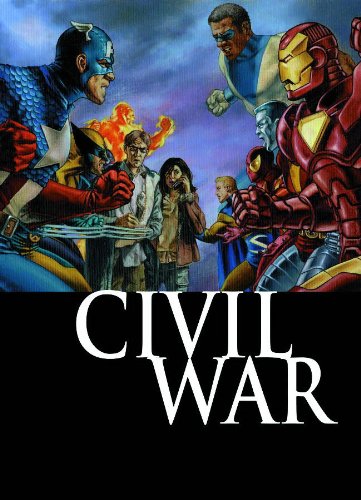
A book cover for Civil War: Front Line, Book 1 (Bk. 1); Paul Jenkins; Comics & Graphic Novels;